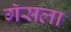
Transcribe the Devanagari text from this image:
गॅसला